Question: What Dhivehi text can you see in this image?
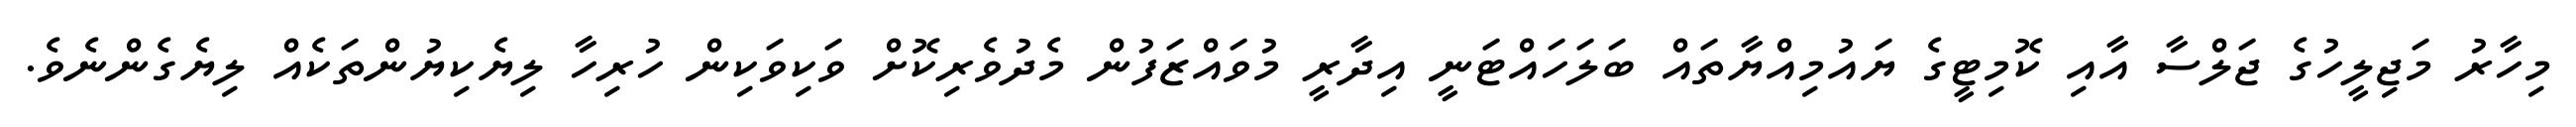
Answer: މިހާރު މަޖިލީހުގެ ޖަލްސާ އާއި ކޮމިޓީގެ ޔައުމިއްޔާތައް ބަލަހައްޓަނީ އިދާރީ މުވައްޒަފުން މެދުވެރިކޮށް ވަކިވަކިން ހުރިހާ ލިޔެކިޔުންތަކެއް ލިޔެގެންނެވެ.